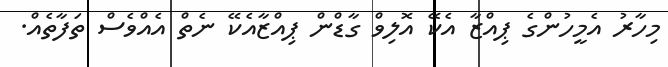
މިހާރު އެމީހުންގެ ޕިއްޒާ އެކޭ އޮލިވް ގާޑްން ޕިއްޒާއެކޭ ނެތް އެއްވެސް ތަފާތެއް.